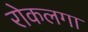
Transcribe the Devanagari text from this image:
रोकलगा